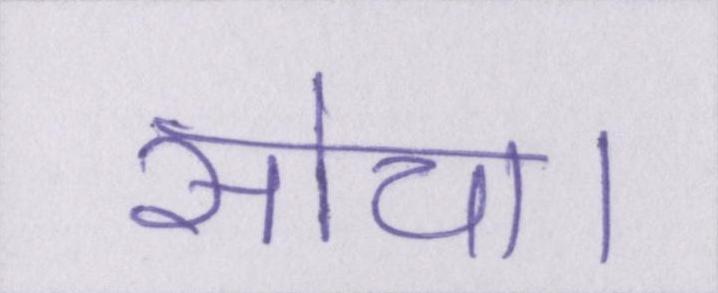
सोचा।